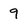
Character: 9